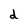
Character: d